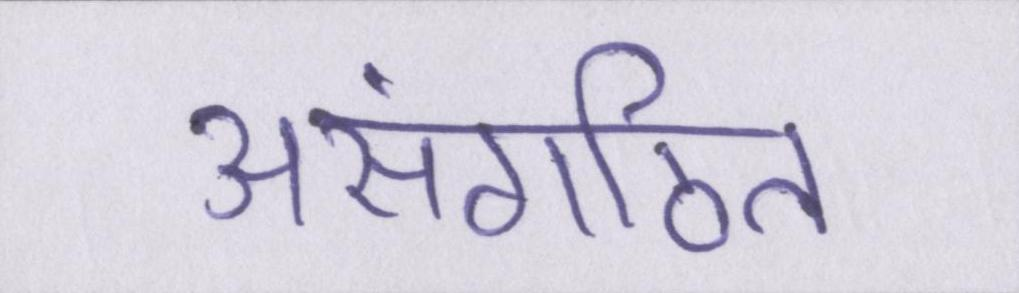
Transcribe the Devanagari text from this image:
असंगठित